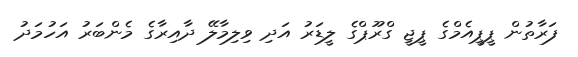
ފަރާތުން ޕީޕީއެމްގެ ޕީޖީ ގްރޫޕްގެ ލީޑަރު އަދި ވިލިމާލޭ ދާއިރާގެ މެންބަރު އަހުމަދު